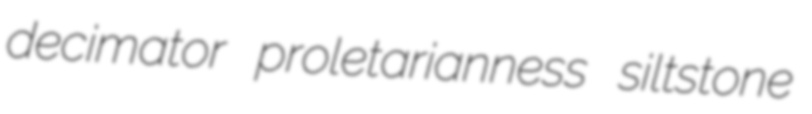
decimator proletarianness siltstone